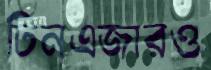
টিনএজারও